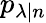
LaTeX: p_{\lambda|n}